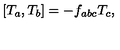
\lbrack T _ { a } , T _ { b } ] = - f _ { a b c } T _ { c } ,